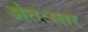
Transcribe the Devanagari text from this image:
अंतःस्तर